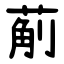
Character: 葪